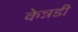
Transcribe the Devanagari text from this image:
केन्नडी